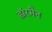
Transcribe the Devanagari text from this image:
डॉरमैन